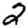
Digit: 2